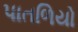
પાતળિયો